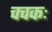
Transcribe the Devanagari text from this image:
चचकः